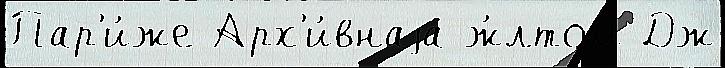
Пар'и́же Арх'и́внаjа ж́лтом Дж